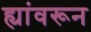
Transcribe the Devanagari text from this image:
ह्यांवरून